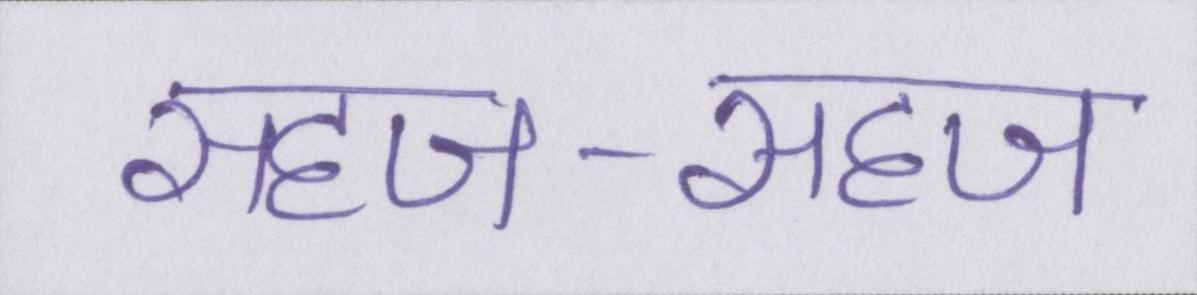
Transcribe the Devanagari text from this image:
सहज-सहज